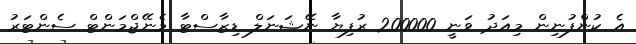
އެ ކުންފުނިން މިއަދު ވަނީ 200000 ރުފިޔާ ނޭޝަނަލް ޑިޒާސްޓާ މެނޭޖްމަންޓް ސެންޓަރު